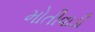
મોતીવાડી